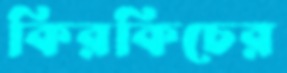
কিরকিচের